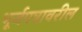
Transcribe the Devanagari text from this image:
भूर्जपत्रावरील